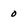
Character: 0